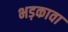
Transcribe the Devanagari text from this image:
भड़कावा